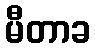
မီတာခ